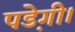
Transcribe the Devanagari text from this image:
पडे़गी।